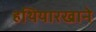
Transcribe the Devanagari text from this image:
हथियारखाने